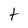
Character: t